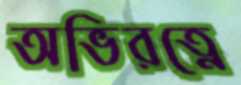
অভিরত্নে